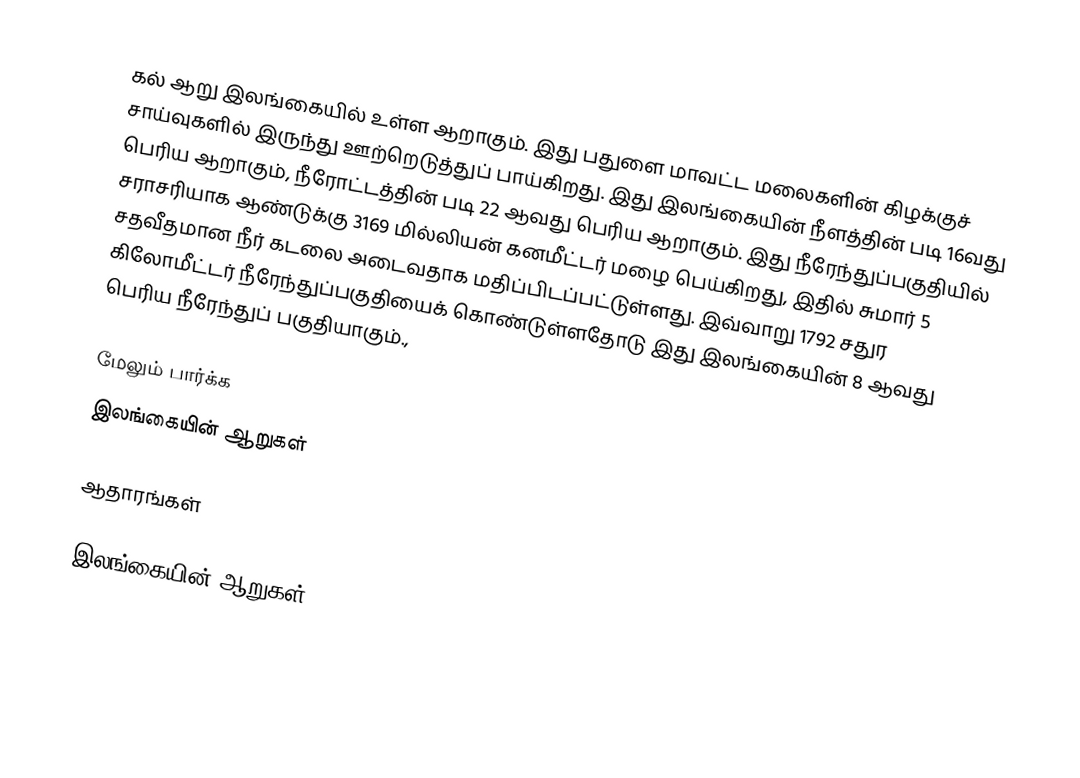
கல் ஆறு இலங்கையில் உள்ள ஆறாகும். இது பதுளை மாவட்ட மலைகளின் கிழக்குச் சாய்வுகளில் இருந்து ஊற்றெடுத்துப் பாய்கிறது. இது இலங்கையின் நீளத்தின் படி 16வது பெரிய ஆறாகும், நீரோட்டத்தின் படி  22 ஆவது பெரிய  ஆறாகும். இது  நீரேந்துப்பகுதியில் சராசரியாக ஆண்டுக்கு 3169 மில்லியன் கனமீட்டர் மழை பெய்கிறது, இதில் சுமார் 5 சதவீதமான நீர் கடலை அடைவதாக மதிப்பிடப்பட்டுள்ளது. இவ்வாறு 1792 சதுர கிலோமீட்டர் நீரேந்துப்பகுதியைக் கொண்டுள்ளதோடு இது இலங்கையின் 8 ஆவது பெரிய நீரேந்துப் பகுதியாகும்.,

மேலும் பார்க்க
 இலங்கையின் ஆறுகள்

ஆதாரங்கள்

இலங்கையின் ஆறுகள்